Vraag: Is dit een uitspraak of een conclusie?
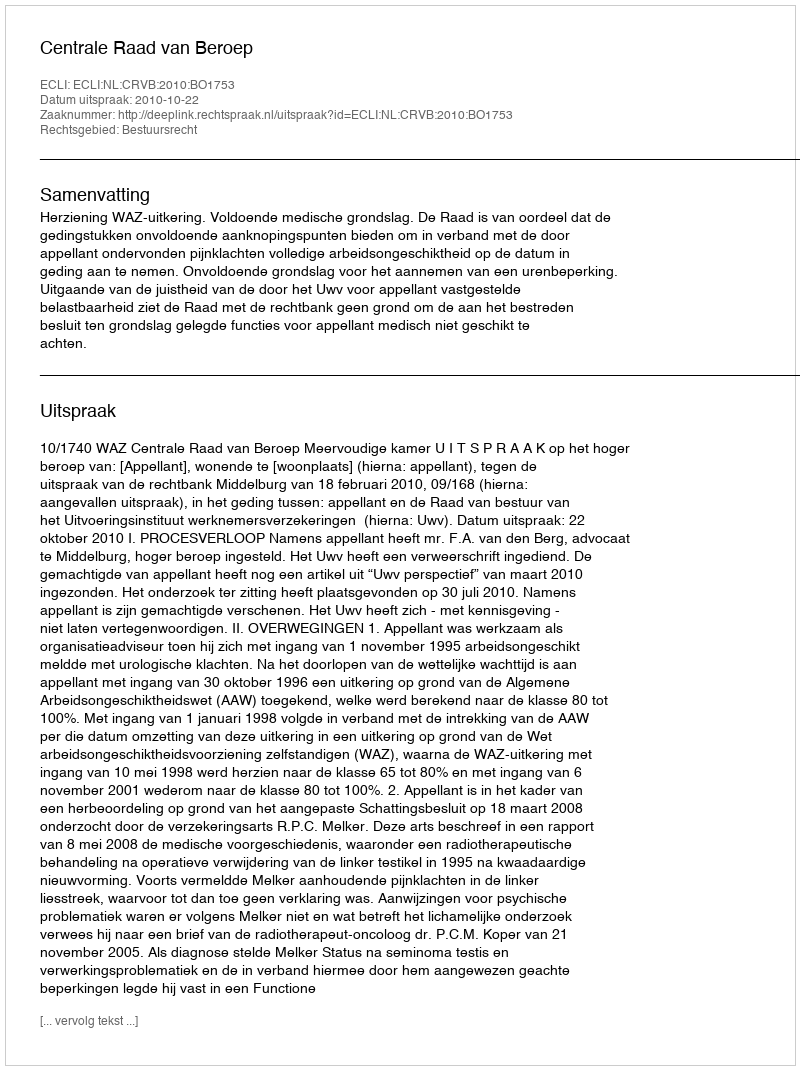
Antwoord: Uitspraak